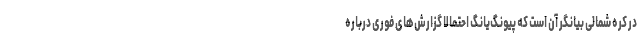
در کره شمالی بیانگر آن است که پیونگ‌یانگ احتمالا گزارش‌های فوری درباره